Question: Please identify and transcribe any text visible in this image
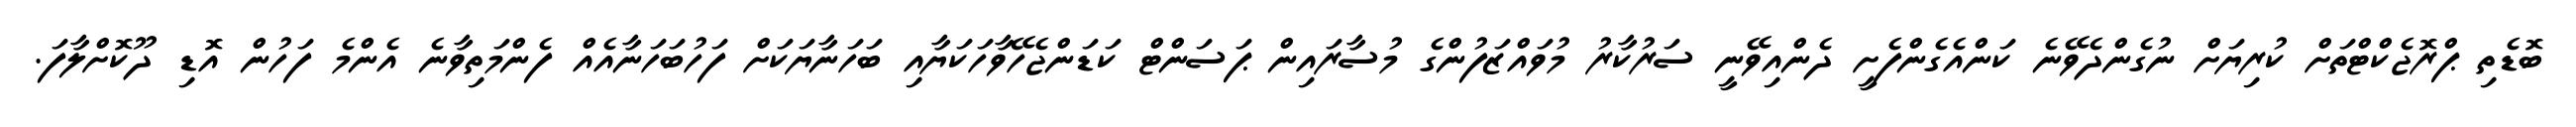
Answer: ބޮޑެތި ޕްރޮޖެކްޓްތަށް ކުރިޔަށް ނުގެންދެވޭނެ ކަންއެގެންފެށީ ދެންއިވޭނީ ސަރުކާރު މުވައްޒަފުންގެ މުސާރައިން ޕަސަންޓް ކަޑަންޖެހޭވާހަކަޔާއި ބަހަނާޔަކަށް ފަހުބަހަނާއެއް ފެންމަތިވާނެ އެންމެ ފަހުން އޮޑި ދޫކޮށްލާފަ.